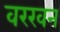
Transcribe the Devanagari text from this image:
वरखन